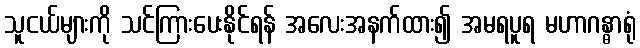
သူငယ်များကို သင်ကြားပေးနိုင်ရန် အလေးအနက်ထား၍ အမရပူရ မဟာဂန္ဓာရုံ